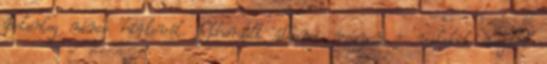
Jelenleg nincs hírlevél. Elherdált állami vagyon - valakik megint